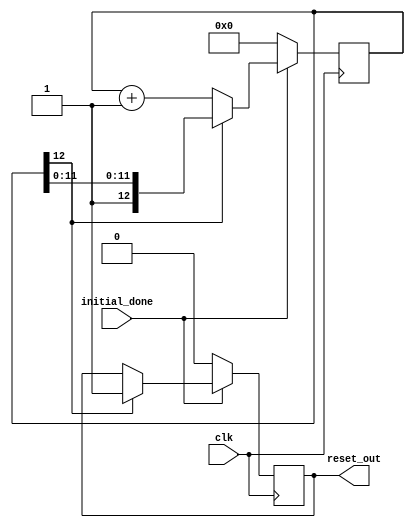
`timescale 1ns / 1ps
//////////////////////////////////////////////////////////////////////////////////
// Company: 
// Engineer: 
// 
// Design Name: 
// Module Name:    usb_reset 
// Project Name: 
// Target Devices: 
// Tool versions: 
// Description: 
//
// Dependencies: 
//
// Revision: 
// Revision 0.01 - File Created
// Additional Comments: 
//
//////////////////////////////////////////////////////////////////////////////////
module usb_reset( clk,initial_done,reset_out );
			input clk ;
			input initial_done;
			output reset_out   ;
			reg    reset_out   ;
			
			
			reg    [12:0]reset_counter ;
			
			always @ ( posedge clk )
				begin
					if ( initial_done == 0 )
						begin
							reset_out <= 0 ;
							reset_counter <= 0 ;
						end
					else
						if ( reset_counter[12] )
							begin
								reset_out <= 1 ;
							end
						else
							begin
								reset_counter <= reset_counter + 1;
							end
				end

endmodule